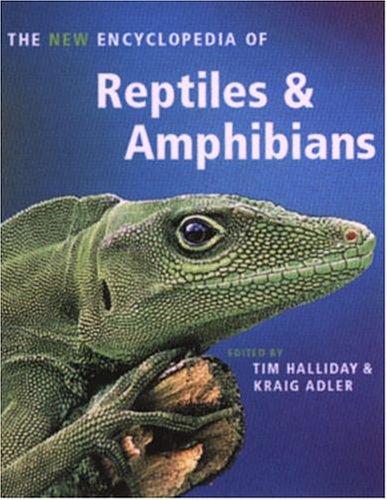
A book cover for The New Encyclopedia of Reptiles and Amphibians; Reference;